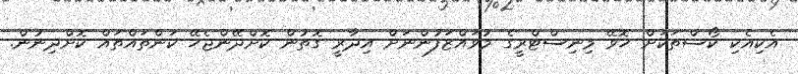
އެކިއެކި ކޯސްތަކަށް ހޮވޭ މިނިސްޓްރީގެ މުވައްޒަފުންނަށް އިދާރީ ގޮތުން ކޮށްދޭންޖެހޭ ކަންތައްތައް ކޮށްދިނުން.